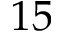
1 5